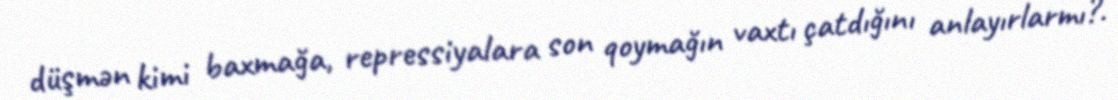
düşmən kimi baxmağa, repressiyalara son qoymağın vaxtı çatdığını anlayırlarmı?.